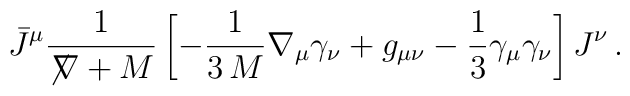
\bar J^\mu \frac{1}{\not\!\nabla + M}\left[ - \frac{1}{3\, M} \nabla_\mu \gamma_\nu + g_{\mu\nu} - \frac{1}{3} \gamma_\mu \gamma_\nu \right] J^\nu\,.